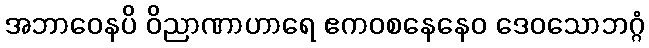
အဘာဝေနပိ ဝိညာဏာဟာရေ ဧကဝစနေနေဝ ဒေဝသောဘဂ္ဂံ